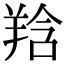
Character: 𦎌